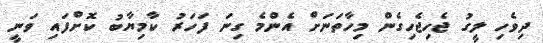
ދިވެހި ލީގު ޖެހިޖެހިގެން މިހާތަނަށް އެންމެ ގިނަ ފަހަރު ކާމިޔާބު ކޮށްފައި ވަނީ